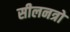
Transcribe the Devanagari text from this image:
सीलनत्रो